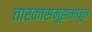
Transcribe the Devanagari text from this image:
तारकासमूहांमधून